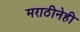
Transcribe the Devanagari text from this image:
मराठीनेही